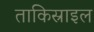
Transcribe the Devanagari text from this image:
ताकिस्राइल